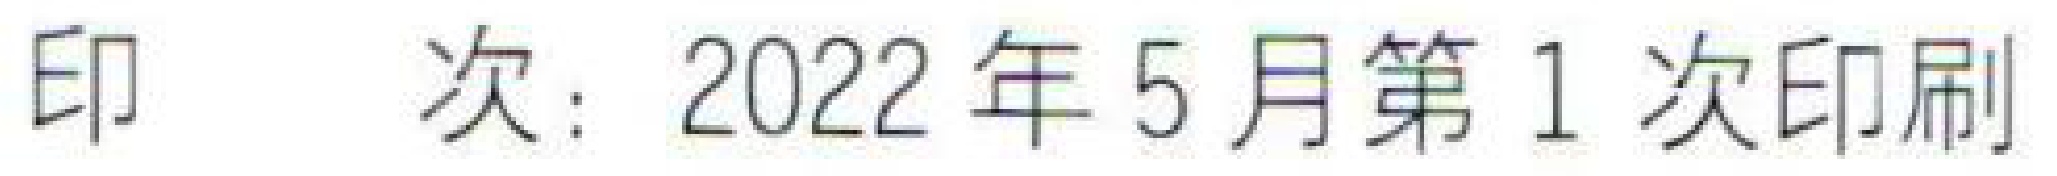
印 次：2022年5月第1次印刷